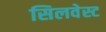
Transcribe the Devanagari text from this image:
सिलवेस्ट